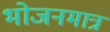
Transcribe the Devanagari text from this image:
भोजनमात्र